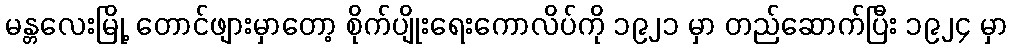
မန္တလေးမြို့ တောင်ဖျားမှာတော့ စိုက်ပျိုးရေးကောလိပ်ကို ၁၉၂၁ မှာ တည်ဆောက်ပြီး ၁၉၂၄ မှာ